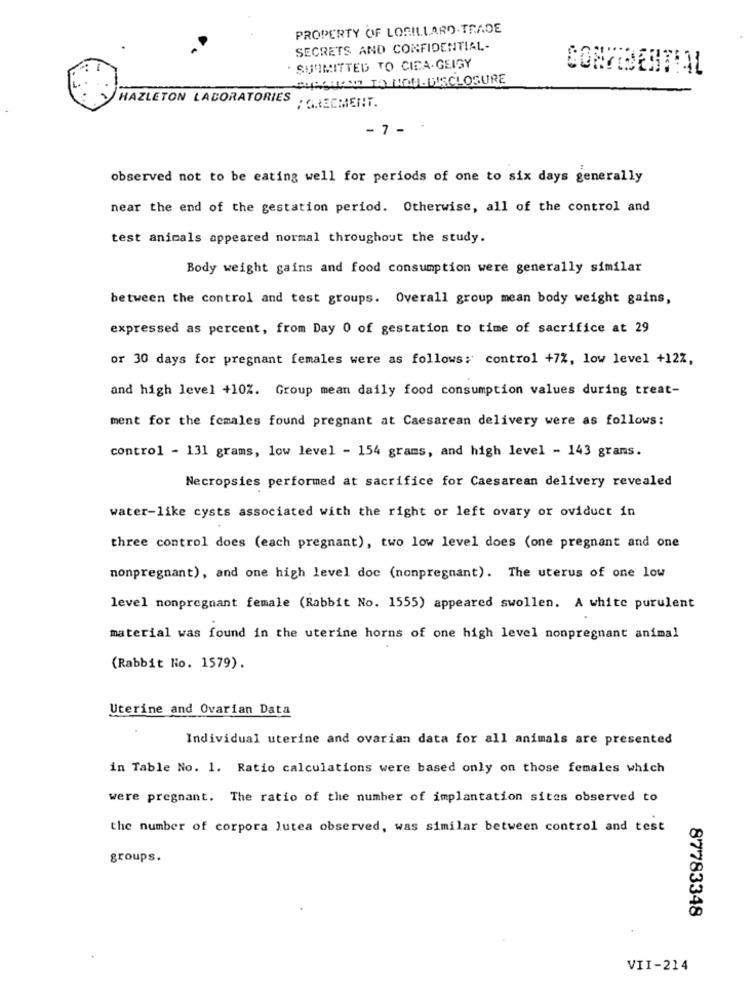
PROPERTY OF LORILLARD-TRADE
SECRETS AND CONFIDENTIAL-
. SURIMITTED TO CIDA-GEIGY
HAZLETON LABORATORIES
AGREEMENT.
- 7 -
observed not to be eating well for periods of one to six days generally
near the end of the gestation period. Otherwise, all of the control and
test animals appeared normal throughout the study.
Body weight gains and food consumption were generally similar
between the control and test groups. Overall group mean body weight gains,
expressed as percent, from Day 0 of gestation to time of sacrifice at 29
or 30 days for pregnant females were as follows: control +7%, low level +127,
and high level +10Z. Group mean daily food consumption values during treat-
ment for the females found pregnant at Caesarean delivery were as follows:
control - 131 grams, low level - 154 grams, and high level - 143 grams.
Necropsies performed at sacrifice for Caesarean delivery revealed
water-like cysts associated with the right or left ovary or oviduct in
three control does (each pregnant), two low level does (one pregnant and one
nonpregnant), and one high level doc (nonpregnant). The uterus of one low
level nonpregnant female (Rabbit No. 1555) appeared swollen. A white purulent
material was found in the uterine horns of one high level nonpregnant animal
(Rabbit No. 1579).
Uterine and Ovarian Data
Individual uterine and ovarian data for all animals are presented
in Table No. 1. Ratio calculations were based only on those females which
were pregnant. The ratio of the number of implantation sites observed to
the number of corpora lutea observed, was similar between control and test
groups.
87783348
VII-214